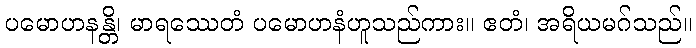
ပမောဟနန္တိ၊ မာရဿေတံ ပမောဟနံဟူသည်ကား။ ဧတံ၊ အရိယမဂ်သည်။